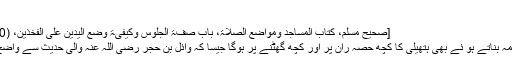
‘‘
[صحیح مسلم، کتاب المساجد ومواضع الصلاۃ، باب صفۃ الجلوس وکیفیۃ وضع الیدین علی الفخذین، (580)]
اور لقمہ بناتے ہو ئے بھی ہتھیلی کا کچھ حصہ ران پر اور کچھ گھٹنے پر ہوگا جیسا کہ وائل بن حجر رضی اللہ عنہ والی حدیث سے واضح ہے۔